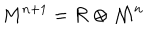
{ M } ^ { n + 1 } = { \cal R } \otimes { \cal M } ^ { n }